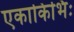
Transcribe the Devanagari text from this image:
एकाकिभिः